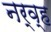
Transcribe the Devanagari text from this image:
नर्व्ह